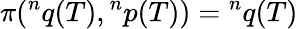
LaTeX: \pi({}^{n}q(T),{}^{n}p(T))={}^{n}q(T)